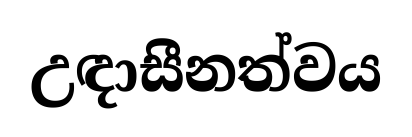
උඳාසීනත්වය